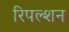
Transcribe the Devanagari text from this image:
रिपल्शन